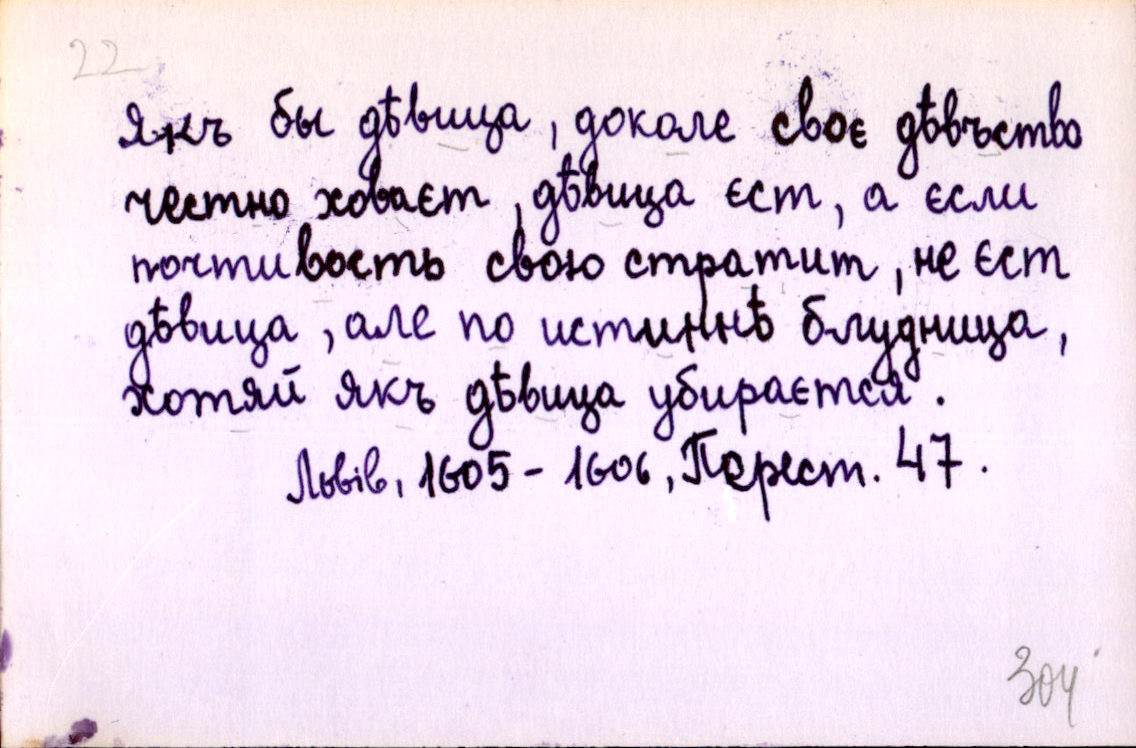
Якъ бы дѣвица, доколе своє дѣвъство
честно ховаєт, дѣвица єст, а єсли
почтивость свою стратит, не єст
дѣвица, але по истиннѣ блудница,
хотяй якъ дѣвица убираєтся.
Львів, 1605-1606, Перест. 47.